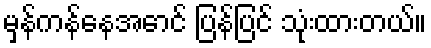
မှန်ကန်နေအောင် ပြန်ပြင် သုံးထားတယ်။